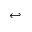
\hookleftarrow